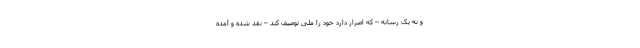
و نه یک رسانه – که اصرار دارد خود را ملی توصیف کند – نقد شده و آمده